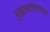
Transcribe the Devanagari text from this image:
युद्धांतानंतरच्या